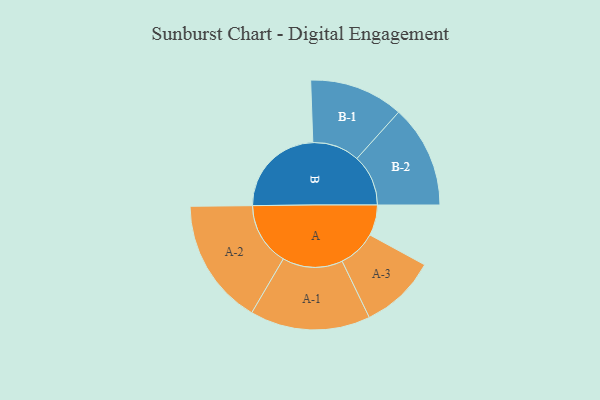
{"axis": {"x": "Segment", "y": "Value"}, "legend": ["", "A", "B"], "data": [{"x": "A", "y": 143, "type": ""}, {"x": "B", "y": 443, "type": ""}, {"x": "A-1", "y": 281, "type": "A"}, {"x": "A-2", "y": 295, "type": "A"}, {"x": "A-3", "y": 178, "type": "A"}, {"x": "B-1", "y": 220, "type": "B"}, {"x": "B-2", "y": 240, "type": "B"}]}